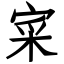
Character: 寀